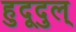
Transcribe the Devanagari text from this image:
हुदूदुल्